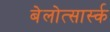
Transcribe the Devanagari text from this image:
बेलोत्सार्स्क